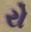
રો